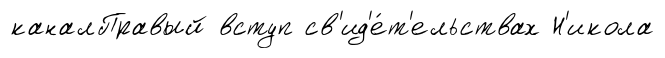
каналПравый вступ св'ид'е́т'ельствах Н'икола